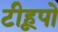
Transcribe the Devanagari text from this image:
टीहूपो